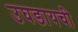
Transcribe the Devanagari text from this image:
उघडायची